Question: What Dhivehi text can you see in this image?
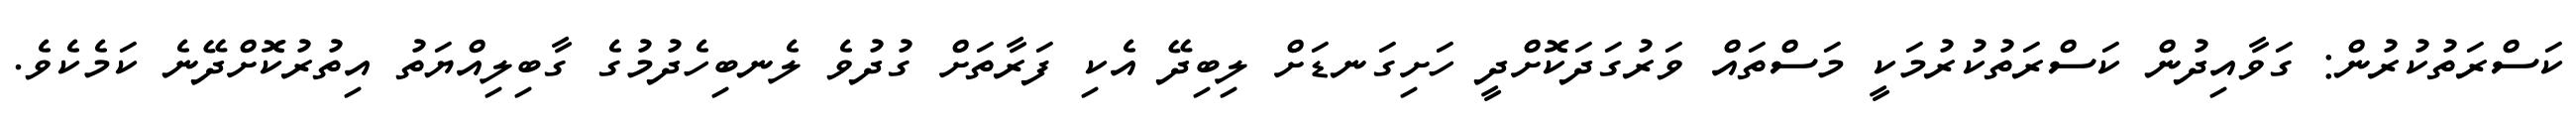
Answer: ކަސްރަތުކުރުން: ގަވާއިދުން ކަސްރަތުކުރުމަކީ މަސްތައް ވަރުގަދަކޮށްދީ ހަށިގަނޑަށް ލިބިދޭ އެކި ފަރާތަށް ގުދުވެ ލެނބިހެދުމުގެ ގާބިލިއްޔަތު އިތުރުކޮށްދޭނެ ކަމެކެވެ.